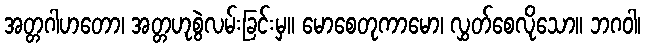
အတ္တဂါဟတော၊ အတ္တဟုစွဲလမ်းခြင်းမှ။ မောစေတုကာမော၊ လွှတ်စေလိုသော။ ဘဂဝါ၊